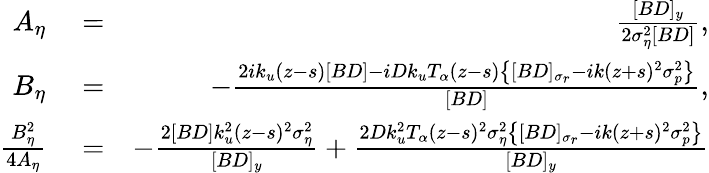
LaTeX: \begin{array}{rlr}{A_{\eta}}&{{}=}&{\frac{[BD]_{y}}{2\sigma_{\eta}^{2}[BD]},}\\ {B_{\eta}}&{{}=}&{-\frac{2ik_{u}(z-s)[BD]-iDk_{u}T_{\alpha}(z-s)\big\{ [BD]_{\sigma_{r}}-ik(z+s)^{2}\sigma_{p}^{2}\big\} }{[BD]},}\\ {\frac{B_{\eta}^{2}}{4A_{\eta}}}&{{}=}&{-\frac{2[BD]k_{u}^{2}(z-s)^{2}\sigma_{\eta}^{2}}{[BD]_{y}}+\frac{2Dk_{u}^{2}T_{\alpha}(z-s)^{2}\sigma_{\eta}^{2}\big\{ [BD]_{\sigma_{r}}-ik(z+s)^{2}\sigma_{p}^{2}\big\} }{[BD]_{y}}}\end{array}